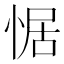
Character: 𭝟